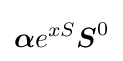
{\boldsymbol {\alpha }}e^{xS}{\boldsymbol {S}}^{0}